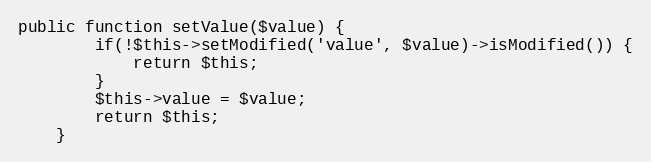
Language: PHP
public function setValue($value) {
        if(!$this->setModified('value', $value)->isModified()) {
            return $this;
        }
		$this->value = $value;
		return $this;
    }